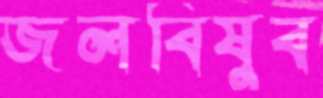
জলবিষুব